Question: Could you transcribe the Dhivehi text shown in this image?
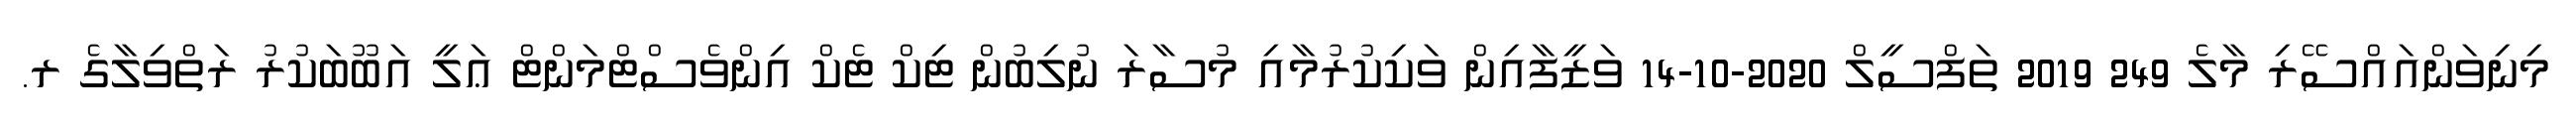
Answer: މިނިވަންއައްސޭރި މާލެ 249 2019 ތަފްސީލް 2020-10-14 ވަޒީފާއިން ވަކިކުރުމާއި މުސާރަ ނުލިބުން ޓިކް ޓެކް އިންވެސްޓްމަންޓް ޢަލީ އަބޫބަކުރު ރަތްވިލާގެ ރ.